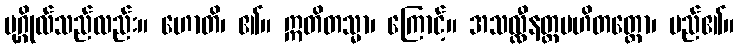
ပုဂ္ဂိုလ်သည်လည်း။ ဟောတိ၊ ၏။ ဣတိတသ္မာ၊ ကြောင့်။ အသလ္လီနတ္တပဟိတတ္တော၊ မည်၏။